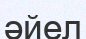
әйел